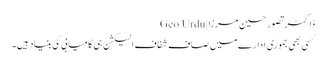
ڈاکٹر تصور حسین مرزا | Geo Urdu
کسی بھی جموری ادارے میں صاف شفاف الیکشن ہی کامیابی کی بنیاد ہیں۔